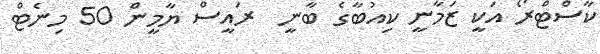
ކާސްޓްރޯ އަކީ ޒަމާނީ ކިއުބާގެ ބާނީ  ރައީސް ޔާމީން 50 މިނެޓް